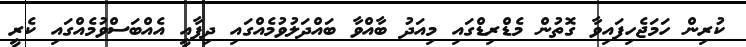
ކުރިން ހަމަޖެހިފައިވާ ގޮތުން މެޑްރިޑްގައި މިއަދު ބާއްވާ ބައްދަލުވުމެއްގައި ދިފާއީ އެއްބަސްވުމެއްގައި ކެރީ